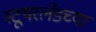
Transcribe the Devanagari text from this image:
स्टूथरलँडच्या